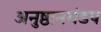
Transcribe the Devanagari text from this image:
अनुष्ठानमंडप